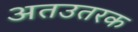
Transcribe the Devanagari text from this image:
अतउतरक